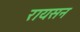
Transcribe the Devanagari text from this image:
रायसन